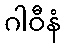
ဂါဝီနံ